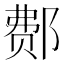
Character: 𰻳